Annual administration report of the Civil Veterinary Department of India - 1898-1899
Year: 1898
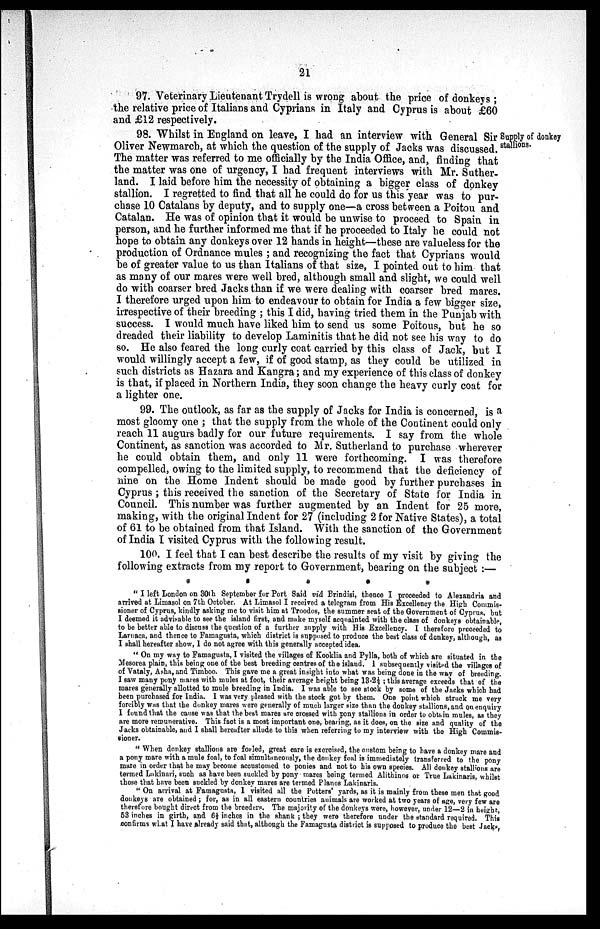
21
97. Veterinary Lieutenant Trydell is wrong about the price of donkeys;
the relative price of Italians and Cyprians in Italy and Cyprus is about £60
and £12 respectively.
Supply of donkey
stallions.
98. Whilst in England on leave, I had an interview with General Sir
Oliver Newmarch, at which the question of the supply of Jacks was discussed.
The matter was referred to me officially by the India Office, and, finding that
the matter was one of urgency, I had frequent interviews with Mr. Suther-
land. I laid before him the necessity of obtaining a bigger class of donkey
stallion. I regretted to find that all he could do for us this year was to pur-
chase 10 Catalans by deputy, and to supply one—a cross between a Poitou and
Catalan. He was of opinion that it would be unwise to proceed to Spain in
person, and he further informed me that if he proceeded to Italy he could not
hope to obtain any donkeys over 12 hands in height—these are valueless for the
production of Ordnance mules; and recognizing the fact that Cyprians would
be of greater value to us than Italians of that size, I pointed out to him that
as many of our mares were well bred, although small and slight, we could well
do with coarser bred Jacks than if we were dealing with coarser bred mares.
I therefore urged upon him to endeavour to obtain for India a few bigger size,
irrespective of their breeding; this I did, having tried them in the Punjab with
success. I would much have liked him to send us some Poitous, but he so
dreaded their liability to develop Laminitis that he did not see his way to do
so. He also feared the long curly coat carried by this class of Jack, but I
would willingly accept a few, if of good stamp, as they could be utilized in
such districts as Hazara and Kangra; and my experience of this class of donkey
is that, if placed in Northern India, they soon change the heavy curly coat for
a lighter one.
99. The outlook, as far as the supply of Jacks for India is concerned, is a
most gloomy one; that the supply from the whole of the Continent could only
reach 11 augurs badly for our future requirements. I say from the whole
Continent, as sanction was accorded to Mr. Sutherland to purchase wherever
he could obtain them, and only 11 were forthcoming. I was therefore
compelled, owing to the limited supply, to recommend that the deficiency of
nine on the Home Indent should be made good by further purchases in
Cyprus; this received the sanction of the Secretary of State for India in
Council. This number was further augmented by an Indent for 25 more,
making, with the original Indent for 27 (including 2 for Native States), a total
of 61 to be obtained from that Island. With the sanction of the Government
of India I visited Cyprus with the following result.
100. I feel that I can best describe the results of my visit by giving the
following extracts from my report to Government, bearing on the subject:—
*
*
*
*
"I left London on 30th September for Port Said viâ Brindisi, thence I proceeded to Alexandria and
arrived at Limasol on 7th October. At Limasol I received a telegram from His Excellency the High Commis-
sioner of Cyprus, kindly asking me to visit him at Troodos, the summer seat of the Government of Cyprus, but
I deemed it advisable to see the island first, and make myself acquainted with the class of donkeys obtainable,
to be better able to discuss the question of a further supply with His Excellency. I therefore proceeded to
Larnaca, and thence to Famagusta, which district is supposed to produce the best class of donkey, although, as
I shall hereafter show, I do not agree with this generally accepted idea.
"On my way to Famagusta, I visited the villages of Kooklia and Pylla, both of which are situated in the
Mesorea plain, this being one of the best breeding centres of the island. I subsequently visited the villages of
of Vataly, Asha, and Timboo. This gave me a great insight into what was being done in the way of breeding.
I saw many pony mares with mules at foot, their average height being 13.2½; this average exceeds that of the
mares generally allotted to mule breeding in India. I was able to see stock by some of the Jacks which had
been purchased for India. I was very pleased with the stock got by them. One point which struck me very
forcibly was that the donkey mares were generally of much larger size than the donkey stallions, and on enquiry
I found that the cause was that the best mares are crossed with pony stallions in order to obtain mules, as they
are more remunerative. This fact is a most important one, bearing, as it does, on the size and quality of the
Jacks obtainable, and I shall hereafter allude to this when referring to my interview with the High Commis-
sioner.
"When donkey stallions are foaled, great care is exercised, the custom being to have a donkey mare and
a pony mare with a mule foal, to foal simultaneously, the donkey foal is immediately transferred to the pony
mare in order that he may become accustomed to ponies and not to his own species. All donkey stallions are
termed Lakinari, such as have been suckled by pony mares being termed Alithinos or True Lakinaris, whilst
those that have been suckled by donkey mares are termed Planos Lakinaris.
"On arrival at Famagusta, I visited all the Potters' yards, as it is mainly from these men that good
donkeys are obtained; for, as in all eastern countries animals are worked at two years of age, very few are
therefore bought direct from the breeders. The majority of the donkeys were, however, under 12—2 in height,
53 inches in girth, and 6½ inches in the shank; they were therefore under the standard required. This
confirms what I have already said that, although the Famagusta district is supposed to produce the best Jacks,